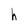
Character: h